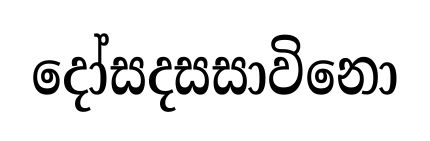
දෝසදසසාවිනො